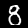
Digit: 8